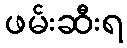
ဖမ်းဆီးရ